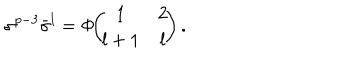
\sigma ^ { p - 3 } \bar { \sigma } ^ { l } = \Phi \! \! \left( \! \! \begin{array} { c c } { { 1 } } & { { 2 } } \\ { { l + 1 } } & { { l } } \\ \end{array} \! \! \right) .